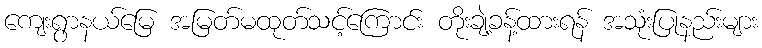
ကျေးရွာနယ်မြေ အမြတ်မထုတ်သင့်ကြောင်း တိုးချဲ့ခန့်ထားရန် အသုံးပြုနည်းများ